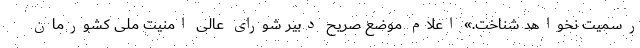
رسمیت نخواهد شناخت.» اعلام موضع صریح دبیر شورای عالی امنیت ملی کشورمان